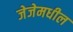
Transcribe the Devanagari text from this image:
जेजेमधील